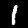
Label: 1